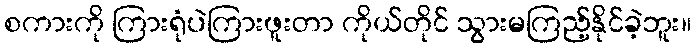
စကားကို ကြားရုံပဲကြားဖူးတာ ကိုယ်တိုင် သွားမကြည့်နိုင်ခဲ့ဘူး။